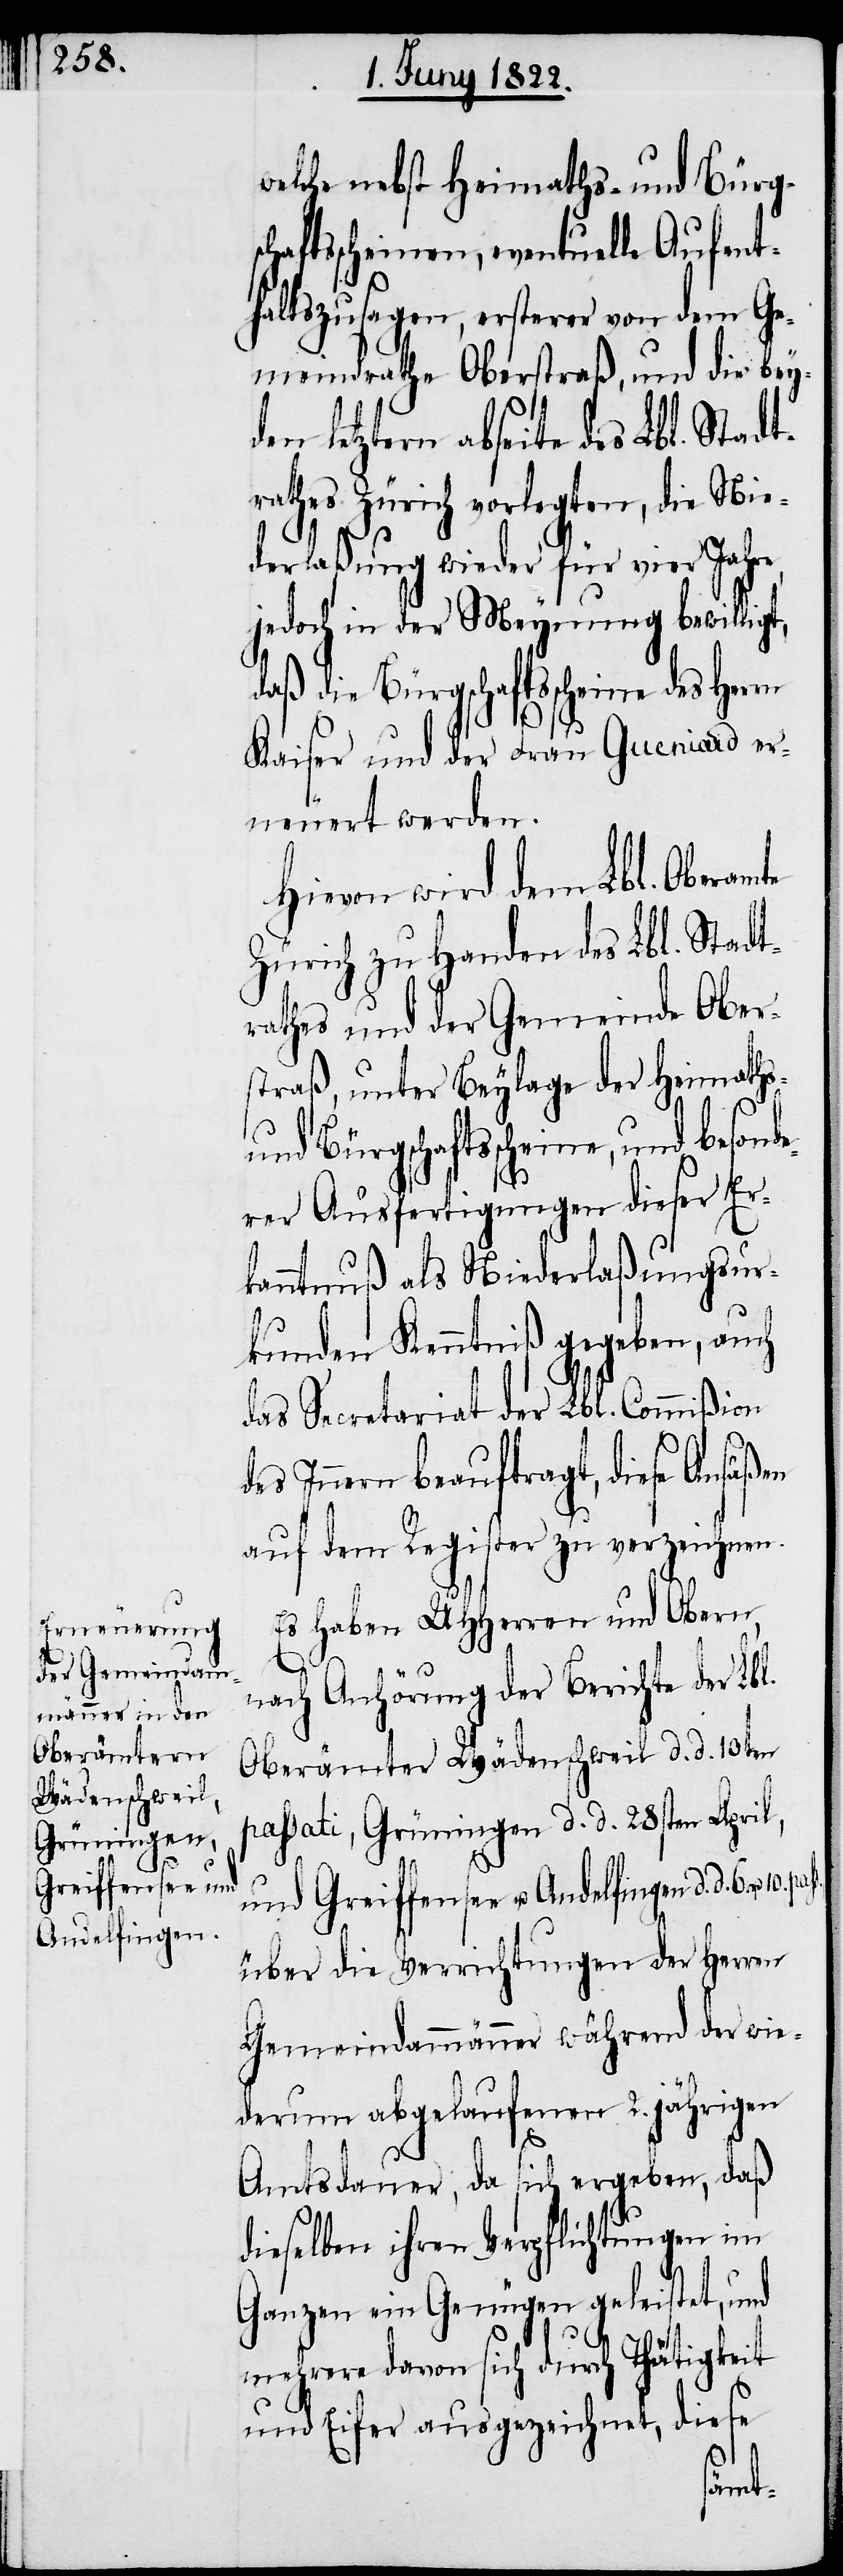
ßion

welche nebst Heimaths- und Bürg¬
schaftsscheinen, eventuelle Aufent¬
haltszusagen, ersterer von dem Ge¬
meindrathe Oberstraß, und die bey¬
den letztern abseite des Lbl. Stadt¬
rathes Zürich vorlegten, die Nie¬
derlaßung wieder für vier Jahre,
jedoch in der Meynung bewillig¬
daß die Bürgschaftsscheine des Herrn
Kaiser und der Frau Gueniard er¬
neuert werden.
Hievon wird dem Lbl. Oberamte
Zürich zu Handen des Lbl. Stadt¬
rathes und der Gemeinde Ober¬
straß, unter Beylage der Heimaths-
und Bürgschaftsscheine, und besond¬
erer Ausfertigungen dieser Er¬
kanntnuß als Niederlaßungsur¬
kunden Kenntniß gegeben, auch
Secretariat der Lbl. Commi¬
des Innern beauftragt, diese Ansäßen
auf dem Register zu verzeichnen.
Es haben UHHerren und Obern,
nach Anhörung der Berichte der Lbl.
Oberämter Wädenschweil d. d. 10ten
passati, Grüningen d. d. 28sten pass.
über die Verrichtungen der Herren
Gemeindammänner während der wie¬
derum abgelaufenen 2. jährigen
Amtsdauer, das sich ergeben, daß
dieselben ihren Verpflichtungen im
Ganzen ein Genügen geleistet, und
mehrere davon sich durch Thätigkeit
und Eifer ausgezeichnet, diese
t,